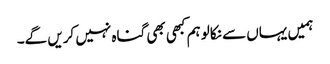
ہمیں یہاں سے نکالو ہم کبھی بھی گناہ نہیں کریں گے۔